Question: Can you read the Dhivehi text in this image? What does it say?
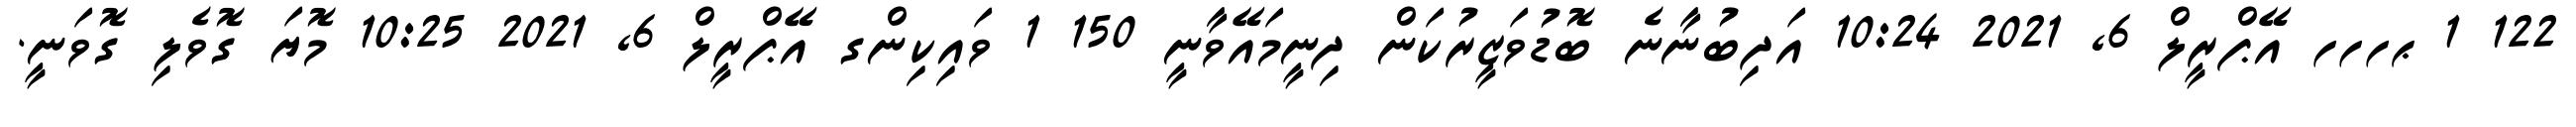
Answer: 122 1 ޙހހހ އޭޕްރީލް 6, 2021 10:24 އަދިބުނާނެ ބޮޑުވަޒީރުކަން ދިނީމައޭވާނީ 150 1 ވައިކިންގ އޭޕްރީލް 6, 2021 10:25 މޮޔަ ގޮވެލި ގޮވަނީ.